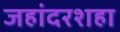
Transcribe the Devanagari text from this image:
जहांदरशहा